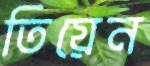
তিয়েন